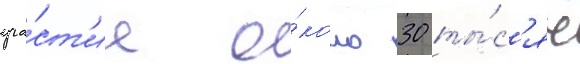
уча́ст'ие о́коло 30 ты́с'яч